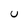
Character: U